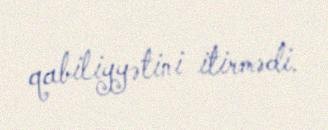
qabiliyyətini itirmədi.